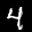
Label: 4